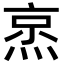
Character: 𬊧